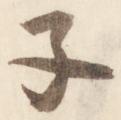
子